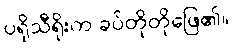
ပရိုသီရိုးက ခပ်တိုတိုဖြေ၏။